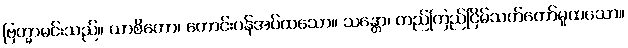
ဗြဟ္မာမင်းသည်။ ယာစိတော၊ တောင်းပန်အပ်ထသော။ သန္တော၊ တည်ကြည်ငြိမ်သက်တော်မူထသော။